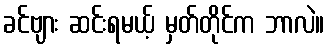
ခင်ဗျား ဆင်းရမယ့် မှတ်တိုင်က ဘာလဲ။